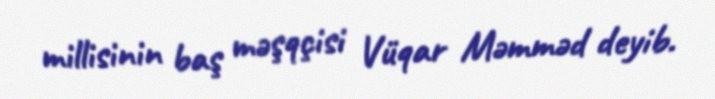
millisinin baş məşqçisi Vüqar Məmməd deyib.